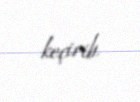
keçirib.